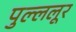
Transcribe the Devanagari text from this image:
पुल्ललूर